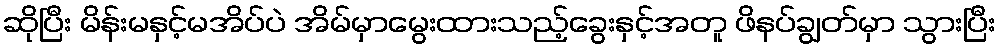
ဆိုပြီး မိန်းမနှင့်မအိပ်ပဲ အိမ်မှာမွေးထားသည့်ခွေးနှင့်အတူ ဖိနပ်ချွတ်မှာ သွားပြီး